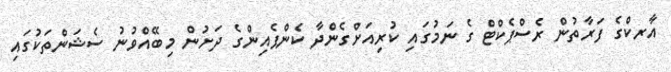
އާރކްގެ ފަރާތުން ރެސްޕެކްޓް ގެ ނަމުގައި ކުރިއަށްގެންދާ ކެންޕެއިންގެ ދަށުން މިބޭއްވުނު ސެޝަންތަކުގައި